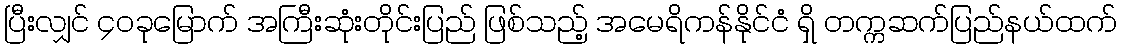
ပြီးလျှင် ၄၀ခုမြောက် အကြီးဆုံးတိုင်းပြည် ဖြစ်သည့် အမေရိကန်နိုင်ငံ ရှိ တက္ကဆက်ပြည်နယ်ထက်